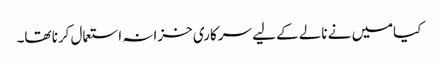
کیامیں نے نالے کے لیے سرکاری خزانہ استعمال کرنا تھا۔